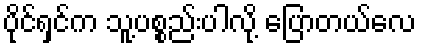
ပိုင်ရှင်က သူ့ပစ္စည်းပါလို့ ပြောတယ်လေ